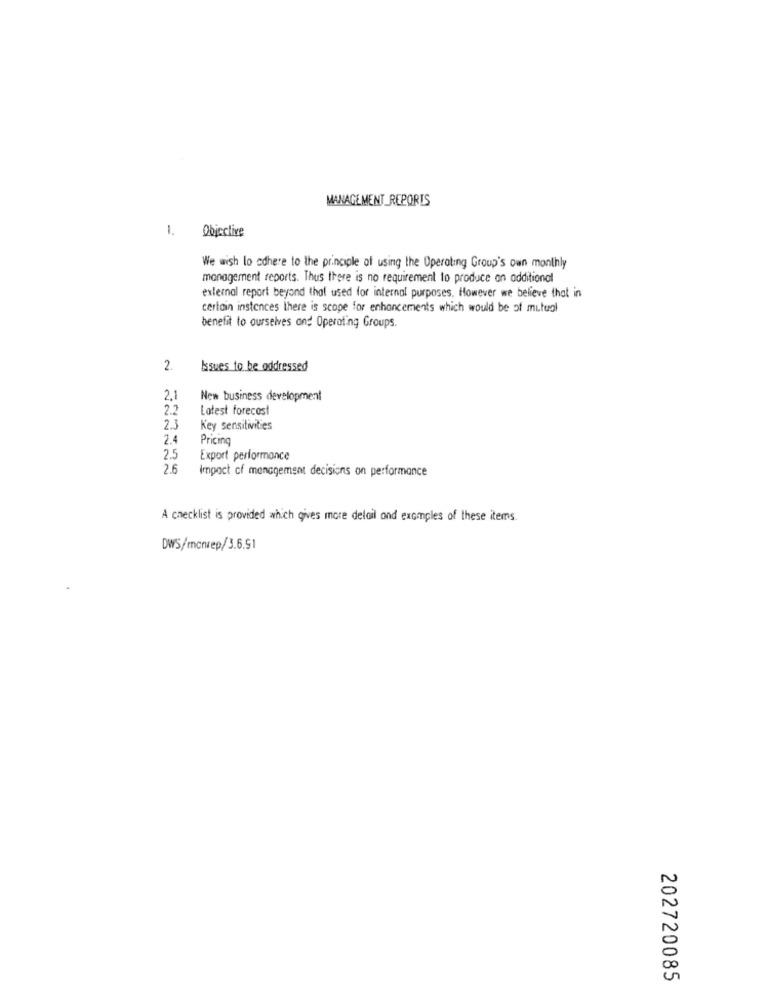
MANAGEMENT_REPORTS
1.
Objective
We wish lo cdhere to the principle of using the Operating Group's own monthly
management reports. Thus there is no requirement to produce an additional
external report beyond that used for internal purposes. However we believe that in
certain instances there is scope for enhancements which would be of mutual
benefit to ourselves and Operating Groups.
2.
Issues to be addressed
2.1
New business development
2.2
Latest forecast
2.3
Key sensitivities
2.4
Pricing
2.5
Export performance
2.6
Impact of management decisions on performance
A checklist is provided which gives more detail and examples of these items.
DWS/monrep/3.6.51
202720085